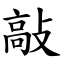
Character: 敲